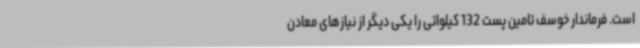
است. فرماندار خوسف تامین پست 132 کیلواتی را یکی دیگر از نیازهای معادن